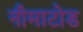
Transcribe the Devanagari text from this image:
नीमाटोड